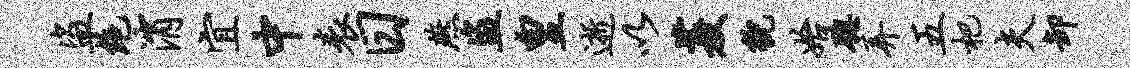
盗绝消宜中表日燕盗皇逝以菱貌始聪弄五杷夫卸